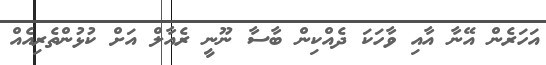
އަހަރެން އޭނާ އާއި ވާހަކަ ދެއްކިން ބާސާ ނޫނީ ރެއާލް އަށް ކުޅުންތެރިއެއް